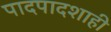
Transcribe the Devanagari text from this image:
पादपादशाही